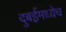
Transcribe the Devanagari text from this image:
दुबईमध्येच